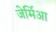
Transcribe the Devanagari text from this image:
जेर्मिआ